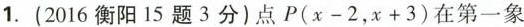
1.(2016衡阳15题3分)点$$P(x-2，x+3)$$在第一象